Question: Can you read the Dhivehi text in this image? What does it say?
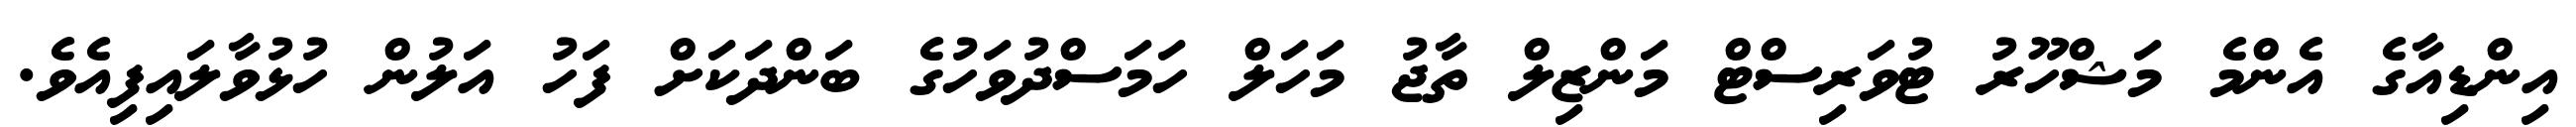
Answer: އިންޑިއާގެ އެންމެ މަޝްހޫރު ޓުވަރިސްޓް މަންޒިލް ތާޖު މަހަލް ހަމަސްދުވަހުގެ ބަންދަކަށް ފަހު އަލުން ހުޅުވާލައިފިއެވެ.